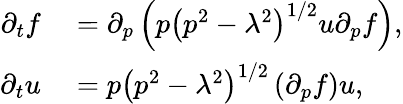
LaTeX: \begin{array}{rl}{\partial_{t}f}&{{}=\partial_{p}\left(p\left(p^{2}-\lambda^{2}\right)^{1/2}u\partial_{p}f\right),}\\ {\partial_{t}u}&{{}=p\left(p^{2}-\lambda^{2}\right)^{1/2}\left(\partial_{p}f\right)u,}\end{array}